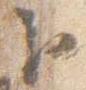
臣